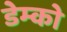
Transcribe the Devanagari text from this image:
डेम्को